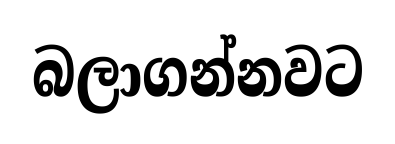
බලාගන්නවට